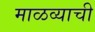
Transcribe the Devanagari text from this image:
माळव्याची